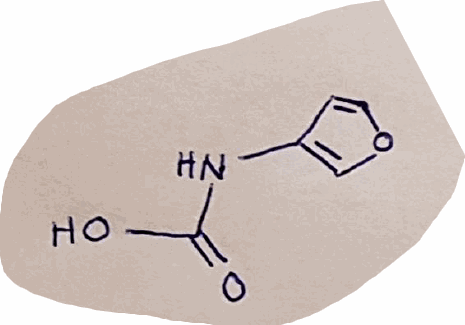
Simplified molecular-input line-entry system (SMILES) notation of the given molecule:
C1=COC=C1NC(=O)O